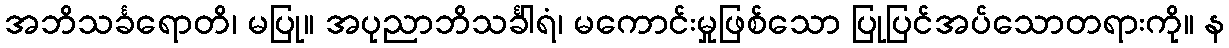
အဘိသင်္ခရောတိ၊ မပြု။ အပုညာဘိသင်္ခါရံ၊ မကောင်းမှုဖြစ်သော ပြုပြင်အပ်သောတရားကို။ န